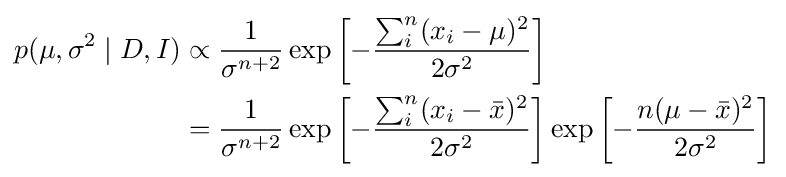
{\begin{aligned}p(\mu ,\sigma ^{2}\mid D,I)&\propto {\frac {1}{\sigma ^{n+2}}}\exp \left[-{\frac {\sum _{i}^{n}(x_{i}-\mu )^{2}}{2\sigma ^{2}}}\right]\\&={\frac {1}{\sigma ^{n+2}}}\exp \left[-{\frac {\sum _{i}^{n}(x_{i}-{\bar {x}})^{2}}{2\sigma ^{2}}}\right]\exp \left[-{\frac {n(\mu -{\bar {x}})^{2}}{2\sigma ^{2}}}\right]\end{aligned}}